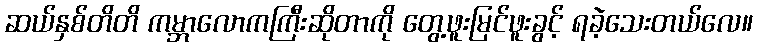
ဆယ်နှစ်တိတိ ကမ္ဘာလောကကြီးဆိုတာကို တွေ့ဖူးမြင်ဖူးခွင့် ရခဲ့သေးတယ်လေ။